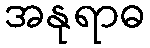
အနုရာဓ